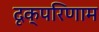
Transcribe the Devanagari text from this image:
दृक्परिणाम